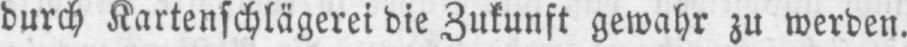
durch Kartenschlägerei die Zukunft gewahr zu werden.